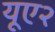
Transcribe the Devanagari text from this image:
यूए२